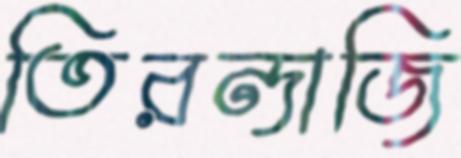
তিরন্দাজি